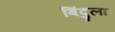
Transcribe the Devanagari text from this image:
बिंदुला